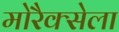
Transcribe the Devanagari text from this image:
मोरैक्सेला